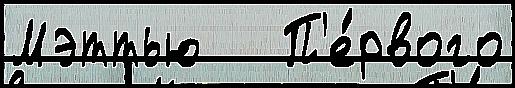
Мэттью   П'е́рвого